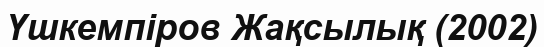
Үшкемпіров Жақсылық (2002)